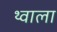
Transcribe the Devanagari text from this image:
थ्वाला